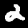
Label: 2